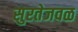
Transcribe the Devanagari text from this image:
सुरतेजवळ